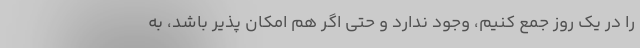
را در یک روز جمع کنیم، وجود ندارد و حتی اگر هم امکان پذیر باشد، به